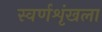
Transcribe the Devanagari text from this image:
स्वर्णशृंखला